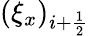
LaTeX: (\xi_{x})_{i+\frac{1}{2}}